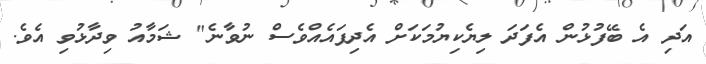
އަދި އެ ބޭފުޅުން އެފަދަ ލިޔެކިޔުމަކަށް އެދިފައެއްވެސް ނުވާނެ" ޝަމާއު ވިދާޅުވި އެވެ.